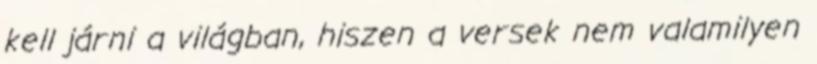
kell járni a világban, hiszen a versek nem valamilyen